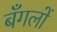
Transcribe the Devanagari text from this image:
बँगलों